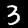
Digit: 3